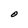
Character: O